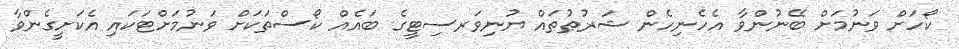
ކޯހަށް ވަނުމަށް ބޭނުންވާ އެހެނިހެން ޝަރުޠުތައް ޔުނިވަރސިޓީގެ ބައެއް ކޯސްތަކަށް ވަނުމަށްޓަކައި އެކަށީގެންވާ